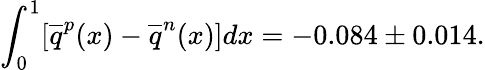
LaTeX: \int_{0}^{1}[\overline{{{q}}}^{p}(x)-\overline{{{q}}}^{n}(x)]dx=-0.084\pm 0.014.